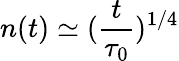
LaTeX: n(t)\simeq(\frac{t}{\tau_{0}})^{1/4}